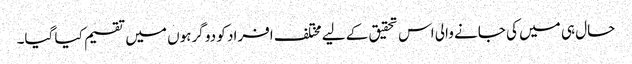
حال ہی میں کی جانے والی اس تحقیق کے لیے مختلف افراد کو دو گرہوں میں تقسیم کیا گیا۔